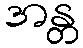
အန္တ